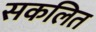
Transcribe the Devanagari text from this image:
सकलित